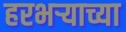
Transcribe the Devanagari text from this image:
हरभर्‍याच्या